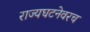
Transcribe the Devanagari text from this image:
राज्यघटनेवरच